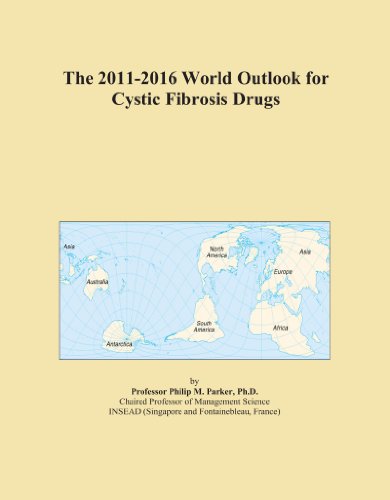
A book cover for The 2011-2016 World Outlook for Cystic Fibrosis Drugs; Icon Group International; Health, Fitness & Dieting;